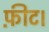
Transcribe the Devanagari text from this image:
फ़ीट।